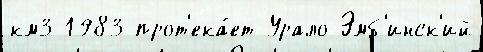
км3 1983 прот'ека́ет Урало-Эмб'инск'ий